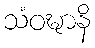
သံဝဍ္ဎာနိ